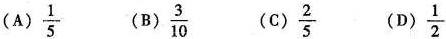
(A) \frac{1}{5} (B)\frac{3}{10} \frac{2}{5} (D) \frac{1}{2}